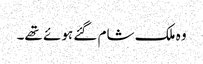
وہ ملک شام گئے ہوئے تھے۔